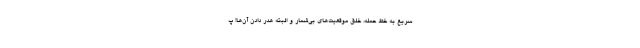
سریع به خط حمله، خلق موقعیت‌های بی‌شمار و البته هدر دادن آن‌ها! پ